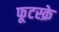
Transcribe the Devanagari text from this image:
फूटस्क्रे